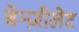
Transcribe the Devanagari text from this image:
बेन्ज़ीलेट